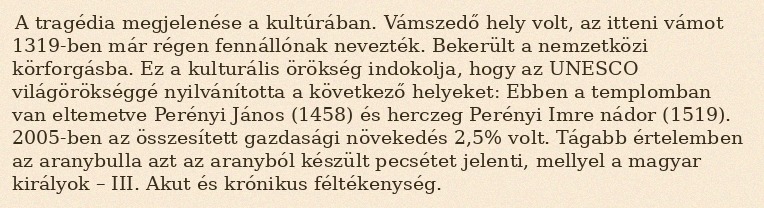
A tragédia megjelenése a kultúrában. Vámszedő hely volt, az itteni vámot 1319-ben már régen fennállónak nevezték. Bekerült a nemzetközi körforgásba. Ez a kulturális örökség indokolja, hogy az UNESCO világörökséggé nyilvánította a következő helyeket: Ebben a templomban van eltemetve Perényi János (1458) és herczeg Perényi Imre nádor (1519). 2005-ben az összesített gazdasági növekedés 2,5% volt. Tágabb értelemben az aranybulla azt az aranyból készült pecsétet jelenti, mellyel a magyar királyok – III. Akut és krónikus féltékenység.